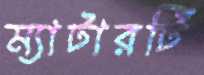
ম্যাটারটি